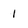
Character: l